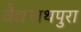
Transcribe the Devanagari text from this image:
वैद्यनाथपुरा